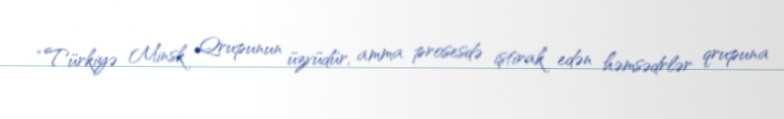
“Türkiyə Minsk Qrupunun üzvüdür, amma prosesdə iştirak edən həmsədrlər qrupuna